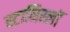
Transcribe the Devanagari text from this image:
स्टानिस्लॉ